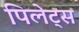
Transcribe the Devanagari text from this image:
पिलेट्स